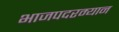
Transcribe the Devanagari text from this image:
भाजपदरम्यान